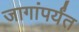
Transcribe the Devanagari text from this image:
जागांपर्यंत